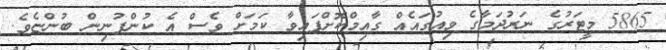
5865 މީޓަރުގެ ނަރުދަމާގެ ވިއުގައެއް ގާއިމްކޮށްފައިވާ ކަމަށް ވެސް އެ ކުންފުނިން ބުންޏެވެ.